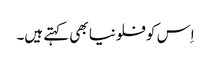
اِس کو فلونیا بھی کہتے ہیں۔